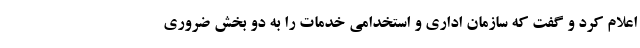
اعلام کرد و گفت که سازمان اداری و استخدامی خدمات را به دو بخش ضروری